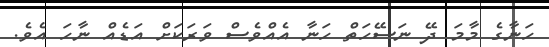
ހަނާގެ މާމަ ދޭ ނަސޭހަތް ހަނާ އެއްވެސް ވަރަކަށް އަޑެއް ނާހަ އެވެ.